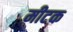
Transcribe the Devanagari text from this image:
मीटक